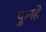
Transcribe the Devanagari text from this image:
फुनहे